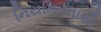
નિયમિતતાથી